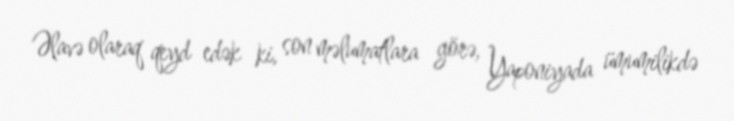
Əlavə olaraq qeyd edək ki, son məlumatlara görə, Yaponiyada ümumilikdə